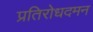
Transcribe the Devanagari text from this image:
प्रतिरोधदमन